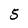
Character: 5